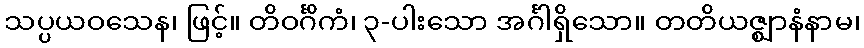
သပ္ပယဝသေန၊ ဖြင့်။ တိဝင်္ဂိကံ၊ ၃-ပါးသော အင်္ဂါရှိသော။ တတိယဇ္ဈာနံနာမ၊